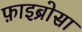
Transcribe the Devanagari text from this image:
फ़ाइब्रोसा